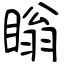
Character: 瞈